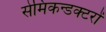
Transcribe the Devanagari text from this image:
सेमिकन्डक्टरों